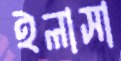
ইলাসা